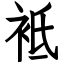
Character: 袛